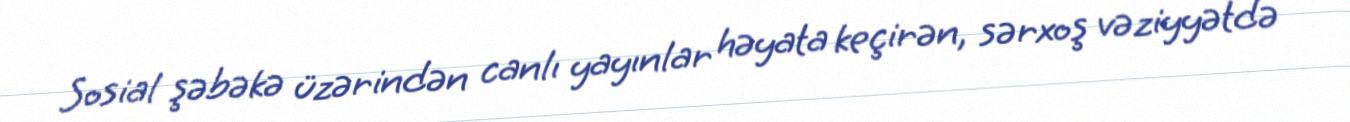
Sosial şəbəkə üzərindən canlı yayınlar həyata keçirən, sərxoş vəziyyətdə